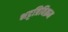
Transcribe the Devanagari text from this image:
भट्टत्रिविक्रम